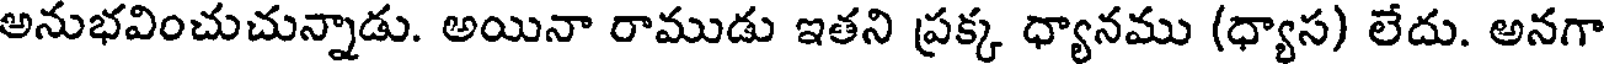
అనుభవించుచున్నాడు. అయినా రాముడు ఇతని ప్రక్క ధ్యానము (ధ్యాస) లేదు. అనగా